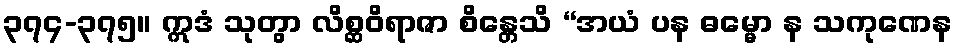
၃၇၄-၃၇၅။ ဣဒံ သုတွာ လိစ္ဆဝိရာဇာ စိန္တေသိ “အယံ ပန ဓမ္မော န သကုဏေန